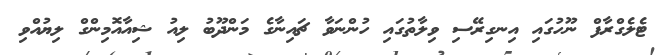
ޓެލެގްރާފް ނޫހުގައި އިނގިރޭސި ވިލާތުގައި ހުންނަވާ ޗައިނާގެ މަންދޫބު ލިއު ޝިއާއޮމިންގް ލިޔުއްވި